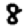
Digit: 8